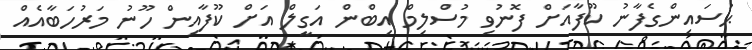
ޙުސައިންގެފާނު ކޫފާއަށް ފޮނުވި މުސްލިމް އިބްން އަގީލް އަށް ކޫފާއިން ހޫނު މަރުހަބާއެއް